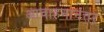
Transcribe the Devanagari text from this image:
आवाहनानंतर